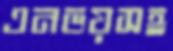
এনভয়সহ